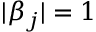
| \beta _ { j } | = 1